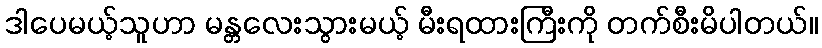
ဒါပေမယ့်သူဟာ မန္တလေးသွားမယ့် မီးရထားကြီးကို တက်စီးမိပါတယ်။